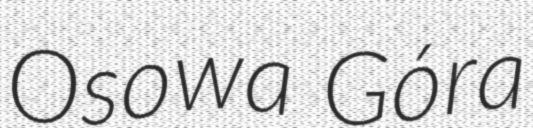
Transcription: Osowa Góra